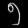
Digit: ၅